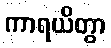
ကာရယိတွာ